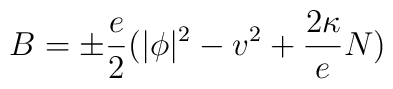
B=\pm \frac e2(|\phi |^2-v^2+\frac{2\kappa }eN)